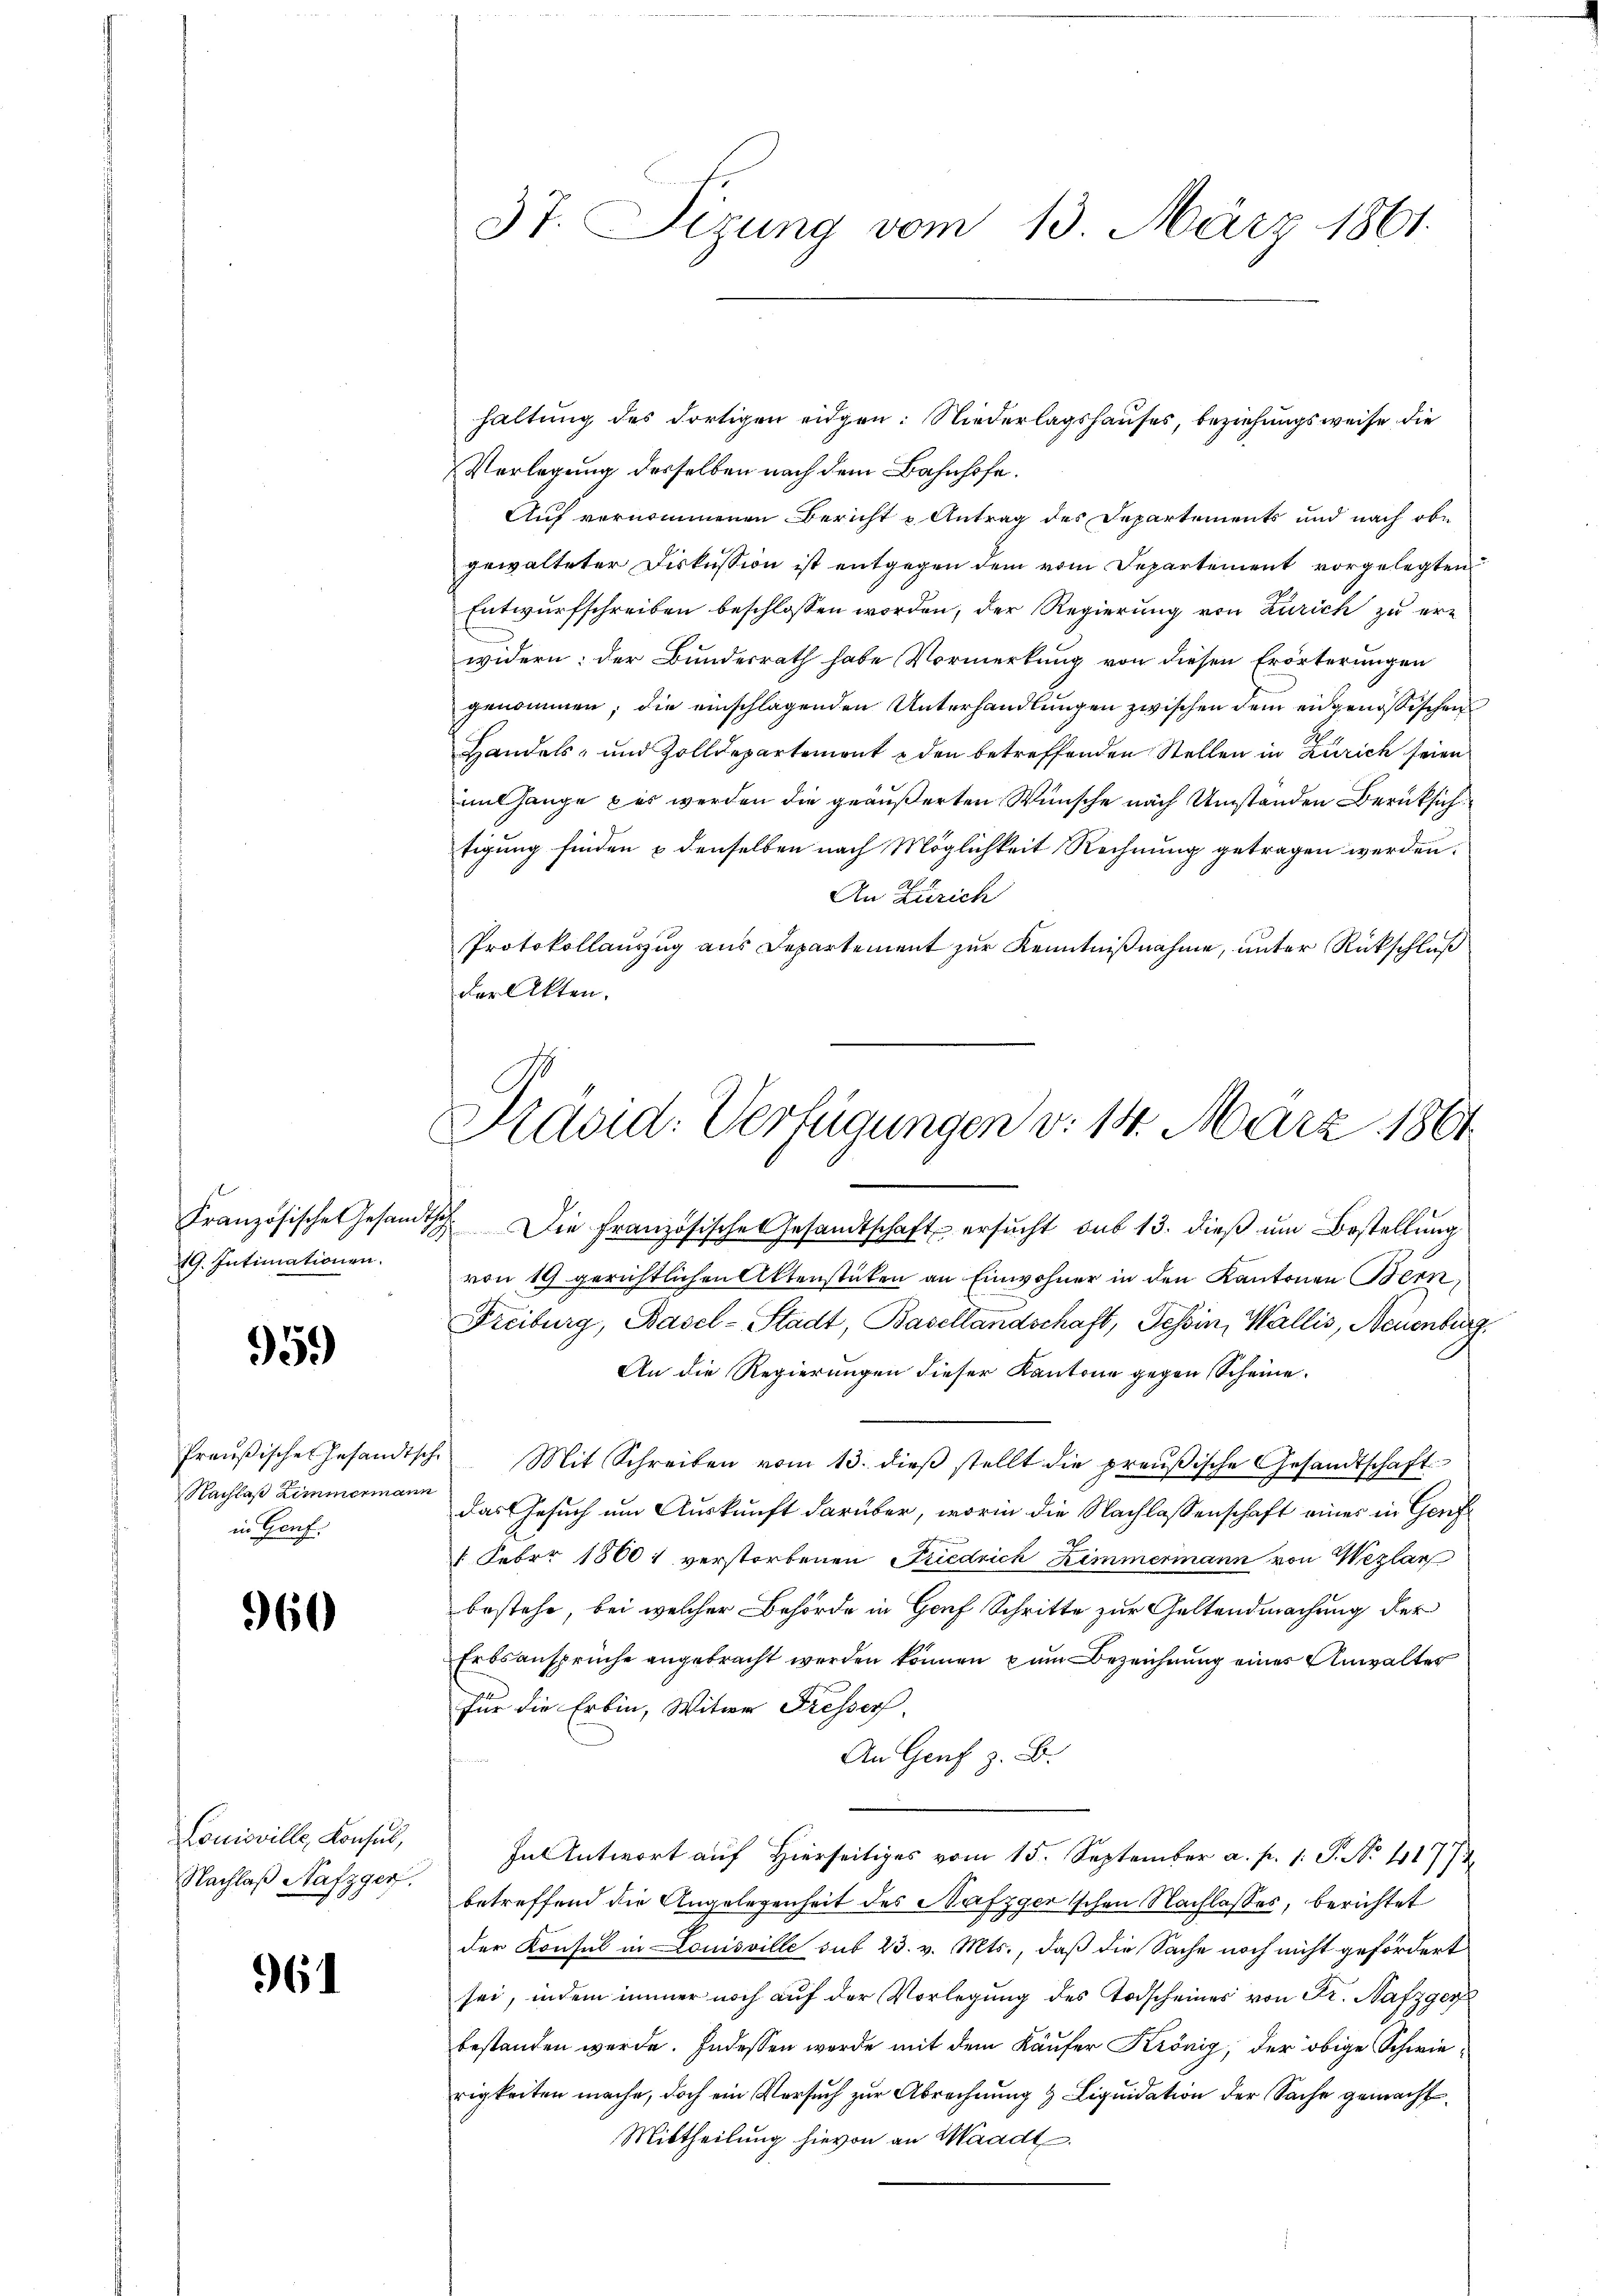
19. Intimationen.

959

Preußischen Gesandt,
Nachlaß Zimmermann
in Genf.

960

Louisville, Konsul,
Nachlaß Hafzger.

961

Vorlegung desselben nach dem Bahnhofe.
Auf vernommenen Bericht u Antrag des Departements und nach obe
gewalteter Diskussion ist entgegen dem vom Departement vorgelegten
Entwurfschreiben beschlossen worden, der Regierung von Zürich zu erwidern: der Bundesrath habe Vormerkung von diesen Erörterungen
genommen; die einschlagenden Unterhandlungen zwischen dem eidgenössischen
Handels- und Zolldepartement u den betreffenden Stellen in Zürich seien
mit ange es werden die geäußerten Wünsche nach Umständen Berücksichtigung finden & denselben nach Möglichkeit Rechnung getragen werden.
An Zürich
Protokollauszug aus Departement zur Kenntnißnahme, unter Rückschluß
der Akten.
Präsid. Verfügungen v. 14. März 1861

37. Sizung vom 13. März 1861.

haltung des dortigen eidgen: Niederlagshauses, beziehungsweise die

.

Französische Gesandtsch. Die Französische Gesandtschaft ersucht sub 13. dieß um Bestellung
von 19 gerichtlichen Aktenstüken an Einwohner in den Kantonen Bern,
Freiburg, Basel-Stadt, Basellandschaft, Tessin, Wallis, Neuenburg.
An die Regierungen dieser Kantone gegen Scheine
sche Mit Schreiben vom 13. dieß stellt die preußische Gesandtschaft
das Gesuch um Auskunft darüber, worin die Nachlassenschaft eines in Gerech
g
2
1 Febr. 18001 verstorbenen Friedrich Zimmermann von Wezlan
bestehe, bei welcher Behörde in Genf Schritte zur Geltendmachung der
Erbsansprüche angebracht werden können zum Bezeichnung eines Anwalter
für die Erbin, Witwe Fresser.
An Genf z. B.
In Antwort auf Hierseitiges vom 15. September a. p. 1. P. No. 41774
betreffend die Angelegenheit des Nafzger'schen Nachlasses, berichtet
der Konsul in Louisville sub 23. v. Mts., daß die Sache noch nicht gefördert
sei, indem immer noch auf der Vorlegung des Todscheines von Fr. Nafzger
bestanden werde. Indessen werde mit dem Käufer Krönig, der obige Schwierigkeiten mache, doch ein Versuch zur Abrechnung & Liquidation der Sache gemacht.
Mittheilung hievon an Waadt.